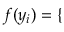
f ( y _ { i } ) = \left\{ \begin{array} { r l r } \end{array} \right.